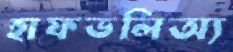
হাফভলিঅ্য